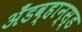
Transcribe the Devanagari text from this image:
अँडव्हान्स्ड